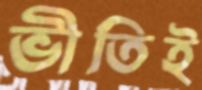
ভীতিই